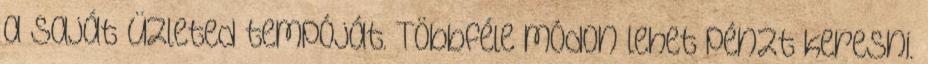
a saját üzleted tempóját. Többféle módon lehet pénzt keresni.